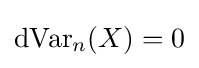
\operatorname {dVar} _{n}(X)=0